Tezpur Lunatic Asylum reports 1895-1904 - 1895-1904
Year: 1895
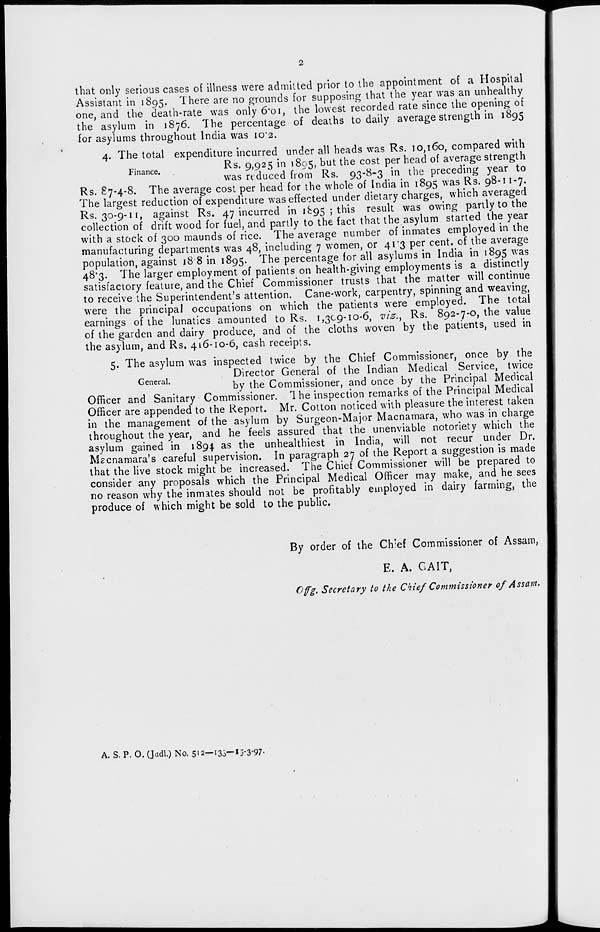
2
that only serious cases of illness were admitted prior to the appointment of a Hospital
Assistant in 1895. There are no grounds for supposing that the year was an unhealthy
one, and the death-rate was oniy 6*oi, the lowest recorded rate since the opening of
the asylum in 1876. 7he percentage of deaths to daily average strength in 1895
for asylums throughout India was 10*2.
4. The total expenditure incurred under all heads was Rs. TO, 160, compared with
Finance
Rs. 9,925 in 1895, DUt tne cost P er nea(^ °f average strength
was reduced from Rs. 93-8-3 in the preceding year to
Rs. 87-4-8. The average cost per head for the whole of India in 1895 was Rs. 98-11-7.
The largest reduction of expenditure was effected under dietary charges, which averaged
Rs. 30-9-11, against Rs. 47 incurred in 1S95 5 this result was owing partly to the
collection of drift wood for fuel, and partly to the fact that the asylum started the year
with a stock of 300 maunds of rice. The average number of inmates employed in the
manufacturing departments was 48, including 7 women, or 41*3 per cent, of the average
population, against 18 8 in 1895. The percentage for all asylums in India in 1895 was
48*3. The larger employment of patients on health-giving employments is a distinctly
satisfactory feature, and the Chief Commissioner trusts that the matter will continue
to receive the Superintendent's attention. Cane-work, carpentry, spinning and weaving,
were the principal occupations on which the patients were employed. The total
earnings of the lunatics amounted to Rs. 1,309-10-6, viz., Rs. 892-7-0, the value
of the garden and dairy produce, and of the cloths woven by the patients, used in
the asylum, and Rs. 416-10-6, cash receipts.
5. The asylum was inspected twice by the Chief Commissioner, once by the
Director General of the Indian Medical Service, twice
by the Commissioner, and once by the Principal Medical
Officer and Sanitary Commissioner. Ihe inspection remarks of the Principal Medical
Officer are appended to the Report. Mr. Cotton noticed with pleasure the interest taken
in the management of the asylum by Surgeon-Major Macnamara, who was in charge
throughout the year, and he feels assured that the unenviable notoriety which the
asylum gained in 1894 as the unhealthiest in India, will not recur under Dr.
Macnamara's careful supervision. In paragraph 27 of the Report a suggestion is made
that the live stock might be increased. The Chief Commissioner will be prepared to
consider any proposals which the Principal Medical Officer may make, and he sees
no reason why the inmates should not be profitably employed in dairy farming, the
produce of which might be sold to the public.
By order of the Clr.ef Commissioner of Assam,
E. A. GAIT,
C'fg. Secretary to the Chief Commissioner of Assam.
A. S. P. 0. (Judl.) No. 512—133—15-3-97-